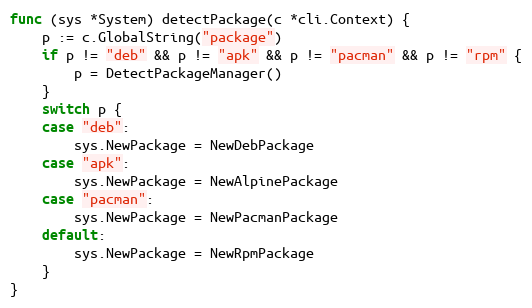
Language: Go
func (sys *System) detectPackage(c *cli.Context) {
	p := c.GlobalString("package")
	if p != "deb" && p != "apk" && p != "pacman" && p != "rpm" {
		p = DetectPackageManager()
	}
	switch p {
	case "deb":
		sys.NewPackage = NewDebPackage
	case "apk":
		sys.NewPackage = NewAlpinePackage
	case "pacman":
		sys.NewPackage = NewPacmanPackage
	default:
		sys.NewPackage = NewRpmPackage
	}
}